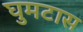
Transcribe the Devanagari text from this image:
घुमटास